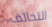
التحالف